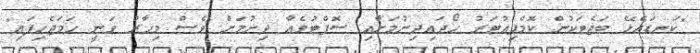
"ކަނޑައެޅޭ ބަޖެޓަކުން ކޮމްޕިއުޓަރު ހޯދައިދިނުމަށާއި ސޮފްޓުވެއާ ދިނުމަށް ވެސް މިހާރު ވަނީ ހަމަޖެހިފައި"